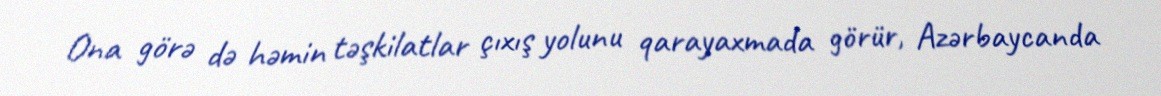
Ona görə də həmin təşkilatlar çıxış yolunu qarayaxmada görür, Azərbaycanda